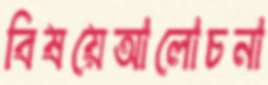
বিষয়েআলোচনা